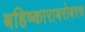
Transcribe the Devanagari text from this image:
बहिष्काराबरोबरच